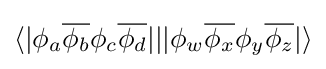
\langle |\phi _{a}{\overline {\phi _{b}}}\phi _{c}{\overline {\phi _{d}}}|||\phi _{w}{\overline {\phi _{x}}}\phi _{y}{\overline {\phi _{z}}}|\rangle